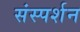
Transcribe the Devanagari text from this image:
संस्पर्शन